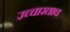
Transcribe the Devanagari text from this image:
उच्चारताच